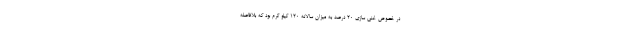
در خصوص غنی سازی ۲۰ درصد به میزان سالانه ۱۲۰ کیلو گرم بود که بلافاصله